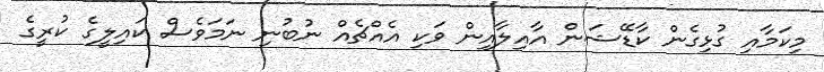
މިކަމާއި ގުޅިގެން ކާޑޭޝަން އާއިލާއިން ވަކި އެއްޗެއް ނުބުނި ނަމަވެސް ކައިލީގެ ކުރީގެ